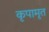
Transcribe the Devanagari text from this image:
कृपामृत